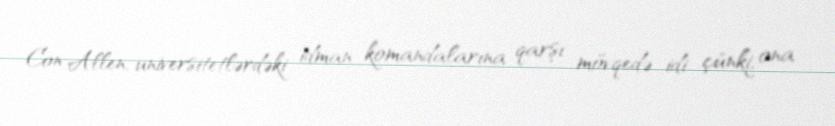
Con Allen, universitetlərdəki idman komandalarına qarşı mövqedə idi çünki, ona